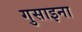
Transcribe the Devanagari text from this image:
गुसाइना